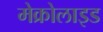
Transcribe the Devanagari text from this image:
मेक्रोलाइड